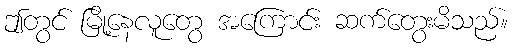
ဤတွင် မြို့နေလူတွေ အကြောင်း ဆက်တွေးမိသည်။